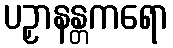
ပဉှာနန္တကရော